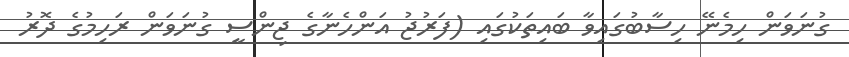
ގުނަވަން ހިމެނޭ ހިސާބުގައިވާ ބައިތަކުގައި (ފަރުޖު އަންހެނާގެ ޖިންސީ ގުނަވަން ރަހިމުގެ ދޮރު